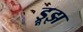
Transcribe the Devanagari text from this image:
ड्रूझ